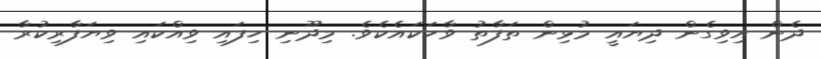
ދެން އިވިގެން ދިޔައީ މުޅިން ތަފާތު ވާހަކައެކެވެ. މިދޫނި ހިފައި ވިއްކައި ވިޔަފާރިކުރާ